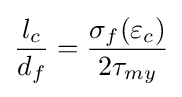
{\frac {l_{c}}{d_{f}}}={\frac {\sigma _{f}(\varepsilon _{c})}{2\tau _{my}}}